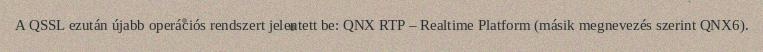
A QSSL ezután újabb operációs rendszert jelentett be: QNX RTP – Realtime Platform (másik megnevezés szerint QNX6).